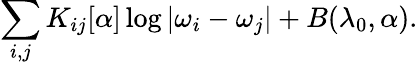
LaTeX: \sum_{i,j}K_{ij}[\alpha]\log|\omega_{i}-\omega_{j}|+B(\lambda_{0},\alpha).